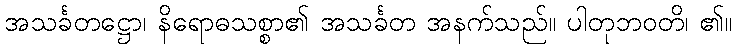
အသင်္ခတဋ္ဌော၊ နိရောဓသစ္စာ၏ အသင်္ခတ အနက်သည်။ ပါတုဘဝတိ၊ ၏။